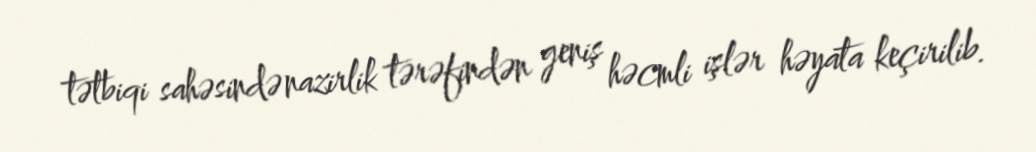
tətbiqi sahəsində nazirlik tərəfindən geniş həcmli işlər həyata keçirilib.